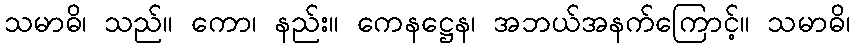
သမာဓိ၊ သည်။ ကော၊ နည်း။ ကေနဋ္ဌေန၊ အဘယ်အနက်ကြောင့်။ သမာဓိ၊